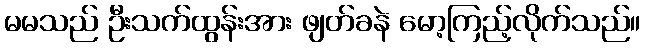
မမသည် ဦးသက်ထွန်းအား ဖျတ်ခနဲ မော့ကြည့်လိုက်သည်။